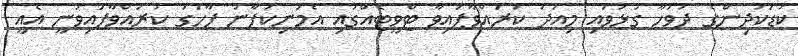
ކުޑަކުދިންގެ ދުވަހާ ގުޅުވައި މިއަދު ކުރައްވާފައިވާ ޓްވީޓެއްގައި އެމަނިކުފާނު ފާހަގަ ކުރައްވާފައިވަނީ އެއީ